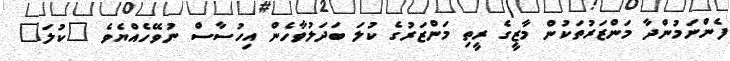
ފެންނަމުންދާ މަންޒަރުތަކުން މާޒީގެ ރީތި މަންޒަރުގެ ކުލަ ބަދަލުވާހެން އިހުސާސް ނުވޭހެއްޔެވެ "ކުލަ"